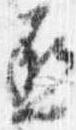
丞